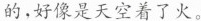
的，好像是天空着了火。